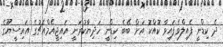
ދެ ކިޑްނީ ފެއިލްވެފައިވާ ކޮއްކޮ އަށް ބޭބެ ކިޑްނީ ހަދިޔާކުރަނީ އައިޖީއެމްއެޗުގެ އައިސީޔޫގެ